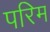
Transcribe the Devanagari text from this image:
परिम